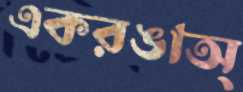
একরঙাঅ্